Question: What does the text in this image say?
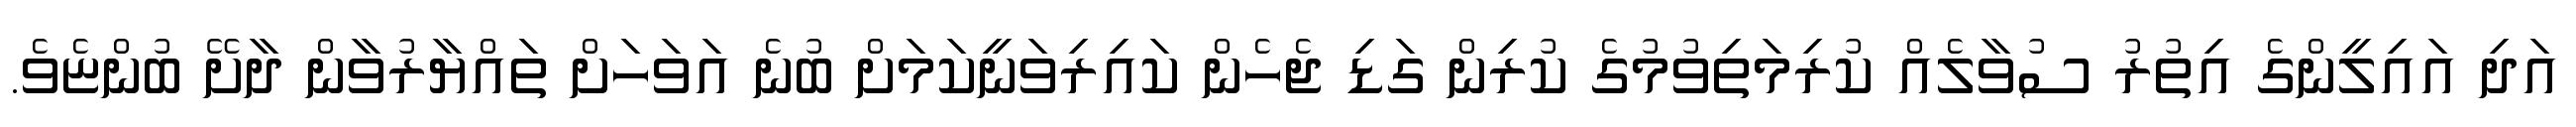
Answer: އަދި އައިލީންގެ އިތުރު ސުވާލެއް ކުރިމަތިވުމުގެ ކުރިން ގަޑި ޖެހެން ކައިރިވަނީކަމަށް ބުނެ އަވަހަށް ތައްޔާރުވާން ދާށޭ ބުންޏެވެ.